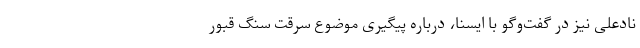
نادعلی نیز در گفت‌وگو با ایسنا، درباره پیگیری موضوع سرقت سنگ قبور